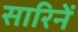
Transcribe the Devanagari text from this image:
सारिनें